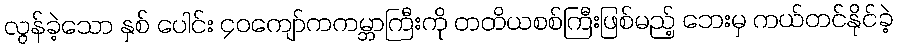
လွန်ခဲ့သော နှစ် ပေါင်း ၄၀ကျော်ကကမ္ဘာကြီးကို တတိယစစ်ကြီးဖြစ်မည့် ဘေးမှ ကယ်တင်နိုင်ခဲ့